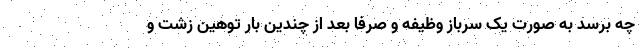
چه برسد به صورت یک سرباز وظیفه و صرفا بعد از چندین بار توهین زشت و